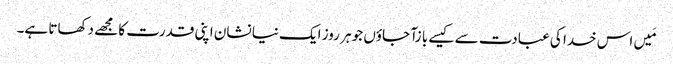
مَیں اس خدا کی عبادت سے کیسے با زآ جاؤں جو ہر روز ایک نیا نشان اپنی قدرت کا مجھے دکھاتا ہے۔